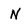
Character: N